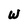
Character: W